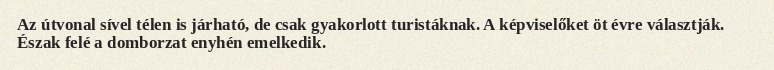
Az útvonal sível télen is járható, de csak gyakorlott turistáknak. A képviselőket öt évre választják. Észak felé a domborzat enyhén emelkedik.